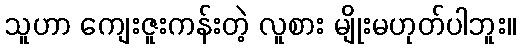
သူဟာ ကျေးဇူးကန်းတဲ့ လူစား မျိုးမဟုတ်ပါဘူး။